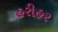
હરીહર